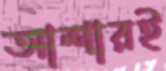
আশারই